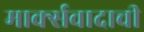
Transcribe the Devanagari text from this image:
मार्क्सवादाची